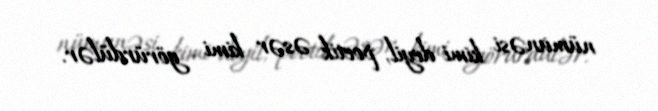
nümunəsi kimi deyil, poetik əsər kimi görürdülər.